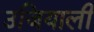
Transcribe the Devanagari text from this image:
उजियाली